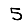
Digit: 5